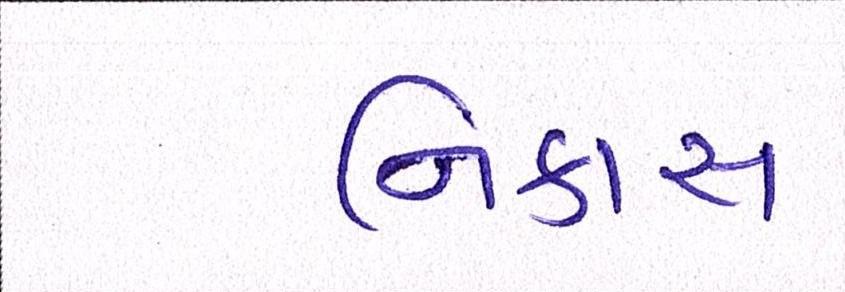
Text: નિકાસ